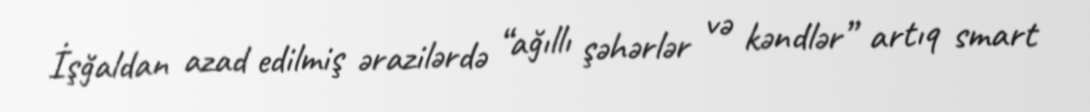
İşğaldan azad edilmiş ərazilərdə “ağıllı şəhərlər və kəndlər” artıq smart